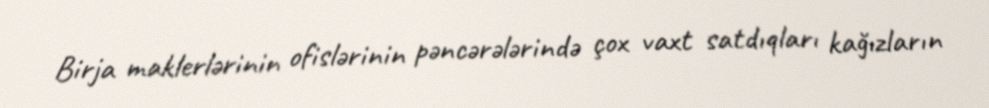
Birja maklerlərinin ofislərinin pəncərələrində çox vaxt satdıqları kağızların